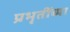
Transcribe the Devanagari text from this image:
प्रभृतींच्या